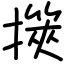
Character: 擌